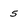
Character: 5